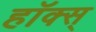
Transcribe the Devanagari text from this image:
हॉक्स्